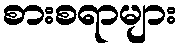
စားစရာများ